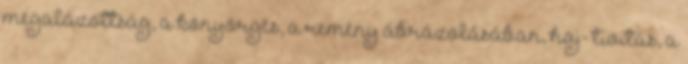
megalázottság, a könyörgés, a remény ábrázolásában, haj- tivitás, a